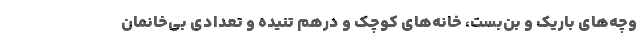
وچه‌های باریک و بن‌بست، خانه‌های کوچک و درهم تنیده و تعدادی بی‌خانمان